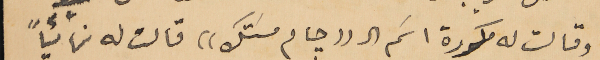
وقالت له مكررة اسَم ال ((جام مسَتك)) قالت له نهائياً